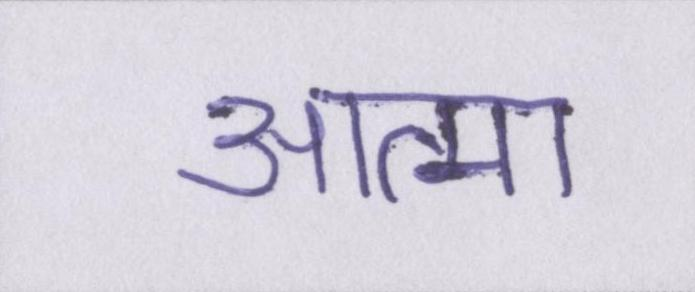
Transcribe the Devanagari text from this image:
आत्मा